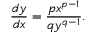
{ \frac { d y } { d x } } = { \frac { p x ^ { p - 1 } } { q y ^ { q - 1 } } } .